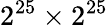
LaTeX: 2^{25}\times 2^{25}